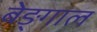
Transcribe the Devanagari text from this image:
बेङ्गाल